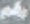
رقم